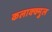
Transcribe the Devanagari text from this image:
कलाक्क्मुल